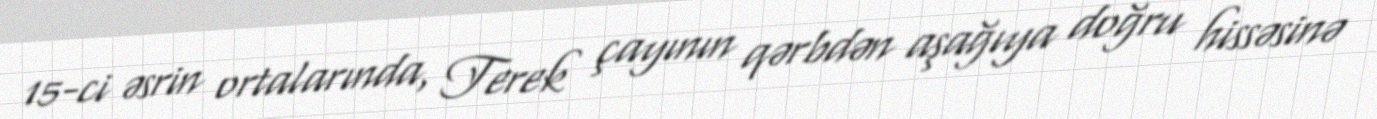
15-ci əsrin ortalarında, Terek çayının qərbdən aşağıya doğru hissəsinə